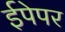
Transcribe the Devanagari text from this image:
ईपेपर